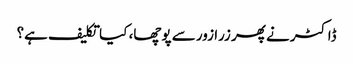
ڈاکٹر نے پھر زرا زور سے پوچھا، کیا تکلیف ہے؟